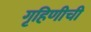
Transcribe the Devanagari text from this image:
गृहिणीची